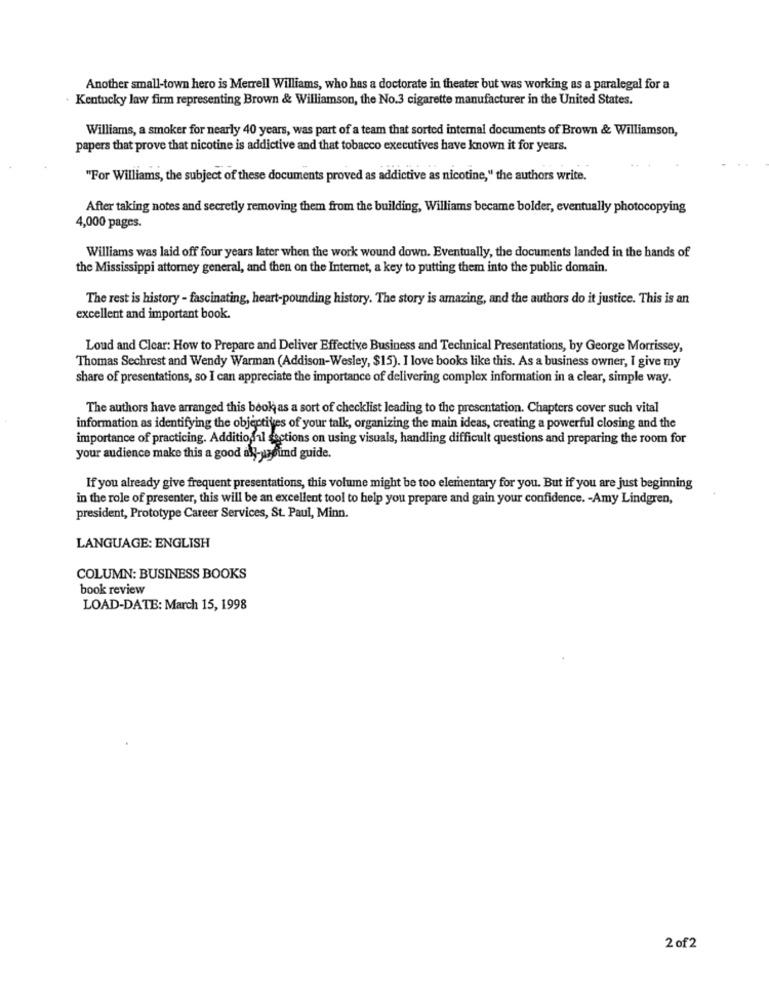
Another small-town hero is Merrell Williams, who has a doctorate in theater but was working as a paralegal for a
Kentucky law firm representing Brown & Williamson, the No.3 cigarette manufacturer in the United States.
Williams, a smoker for nearly 40 years, was part of a team that sorted internal documents of Brown & Williamson,
papers that prove that nicotine is addictive and that tobacco executives have known it for years.
"For Williams, the subject of these documents proved as addictive as nicotine," the authors write.
After taking notes and secretly removing them from the building, Williams became bolder, eventually photocopying
4,000 pages.
Williams was laid off four years later when the work wound down. Eventually, the documents landed in the hands of
the Mississippi attorney general, and then on the Internet, a key to putting them into the public domain.
The rest is history - fascinating, heart-pounding history. The story is amazing, and the authors do it justice. This is an
excellent and important book.
Loud and Clear: How to Prepare and Deliver Effective Business and Technical Presentations, by George Morrissey,
Thomas Sechrest and Wendy Warman (Addison-Wesley, $15). I love books like this. As a business owner, I give my
share of presentations, so I can appreciate the importance of delivering complex information in a clear, simple way.
The authors have arranged this book as a sort of checklist leading to the presentation. Chapters cover such vital
information as identifying the objectives of your talk, organizing the main ideas, creating a powerful closing and the
importance of practicing. Additional sections on using visuals, handling difficult questions and preparing the room for
your audience make this a good aly-wsound guide.
If you already give frequent presentations, this volume might be too elementary for you. But if you are just beginning
in the role of presenter, this will be an excellent tool to help you prepare and gain your confidence. - Amy Lindgren,
president, Prototype Career Services, St. Paul, Minn.
LANGUAGE: ENGLISH
COLUMN: BUSINESS BOOKS
book review
LOAD-DATE: March 15, 1998
2 of2